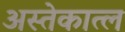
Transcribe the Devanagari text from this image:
अस्तेकात्ल